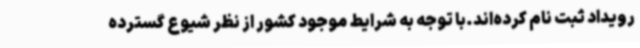
رویداد ثبت نام کرده‌اند.با توجه به شرایط موجود کشور از نظر شیوع گسترده